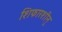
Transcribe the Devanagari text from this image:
शिफारशीनु